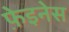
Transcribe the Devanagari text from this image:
फ़ेइनेस